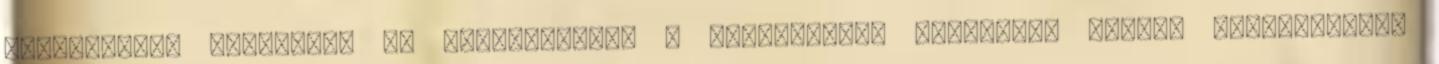
inkvizíciós eljárást, és megpróbáltam e nézőpontból dedukálni valódi helyzetemet.